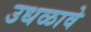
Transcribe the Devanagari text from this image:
उधळावे